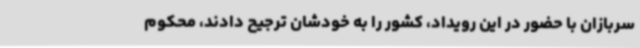
سربازان با حضور در این رویداد، کشور را به خودشان ترجیح دادند، محکوم